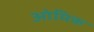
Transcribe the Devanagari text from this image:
ओमिक